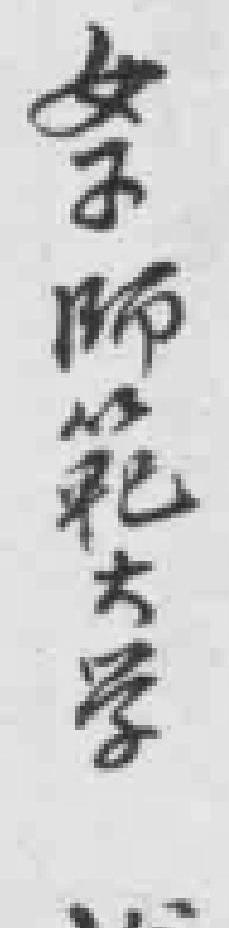
女子師範大学